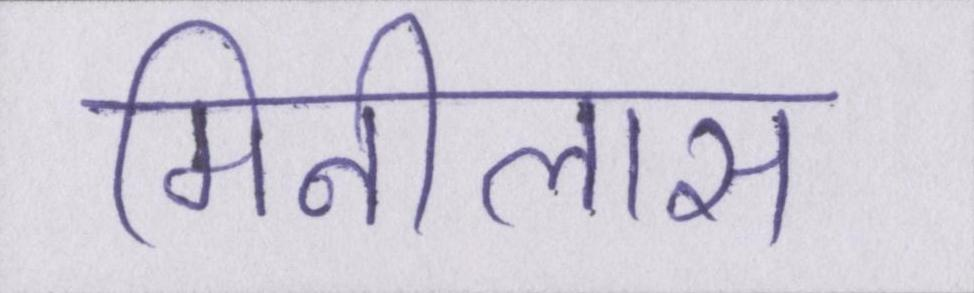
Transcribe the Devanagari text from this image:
मिनीलास